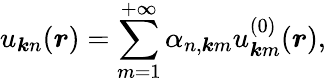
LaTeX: u_{\boldsymbol{k}n}(\boldsymbol{r})=\sum_{m=1}^{+\infty}\alpha_{n,\boldsymbol{k}m}u_{\boldsymbol{k}m}^{(0)}(\boldsymbol{r}),